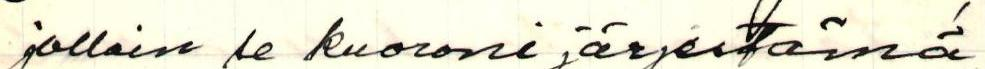
jolloin se kuoroni järjestämä